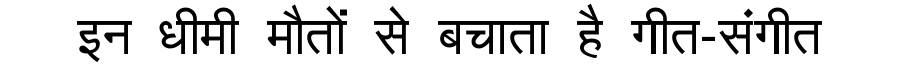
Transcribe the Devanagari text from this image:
इन धीमी मौतों से बचाता है गीत-संगीत